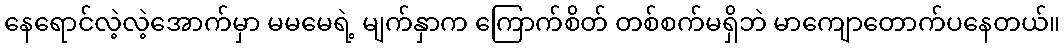
နေရောင်လဲ့လဲ့အောက်မှာ မမမေရဲ့ မျက်နှာက ကြောက်စိတ် တစ်စက်မရှိဘဲ မာကျောတောက်ပနေတယ်။